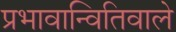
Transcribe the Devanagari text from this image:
प्रभावान्वितिवाले